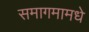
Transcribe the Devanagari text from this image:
समागमामधे